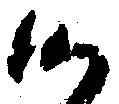
候